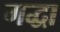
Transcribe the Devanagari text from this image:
गद्धा